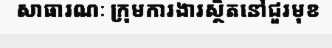
សាធារណៈ ក្រុមការងារស្ថិតនៅជួរមុខ